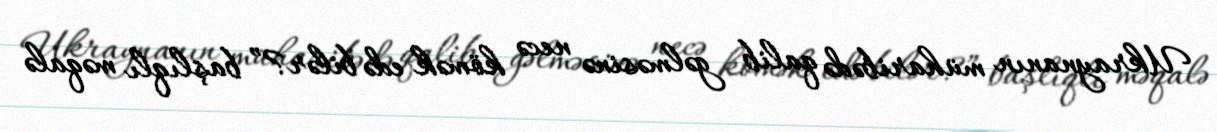
Ukraynanın müharibədə qalib gəlməsinə necə kömək edə bilər?” başlıqlı məqalə